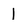
Character: l